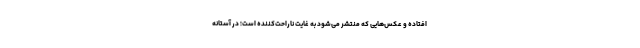
افتاده و عکس‌هایی که منتشر می‌شود به غایت ناراحت‌کننده است؛ در آستانه